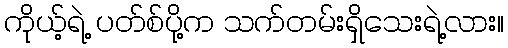
ကိုယ့်ရဲ့ ပတ်စ်ပို့က သက်တမ်းရှိသေးရဲ့လား။